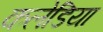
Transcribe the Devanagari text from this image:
कलेडिया